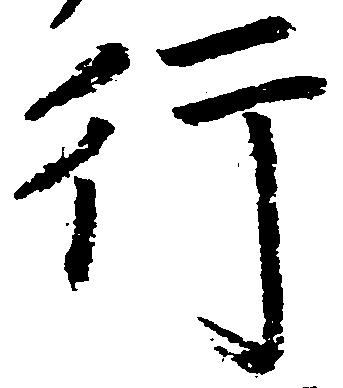
行